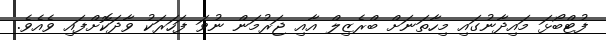
ފުޓްބޯޅަ މައިދާނުގައި މިހާތަނަށް ބްރެޒިލް އާއި ޖަރުމަން ނުވަ ފަހަރަކު ވާދަކޮށްފައި ވެއެވެ.